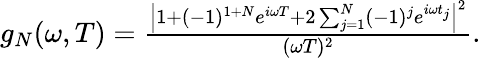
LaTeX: \begin{array}{r}{g_{N}(\omega,T)=\frac{\left|1+(-1)^{1+N}e^{i\omega T}+2\sum_{j=1}^{N}(-1)^{j}e^{i\omega t_{j}}\right|^{2}}{(\omega T)^{2}}.}\end{array}